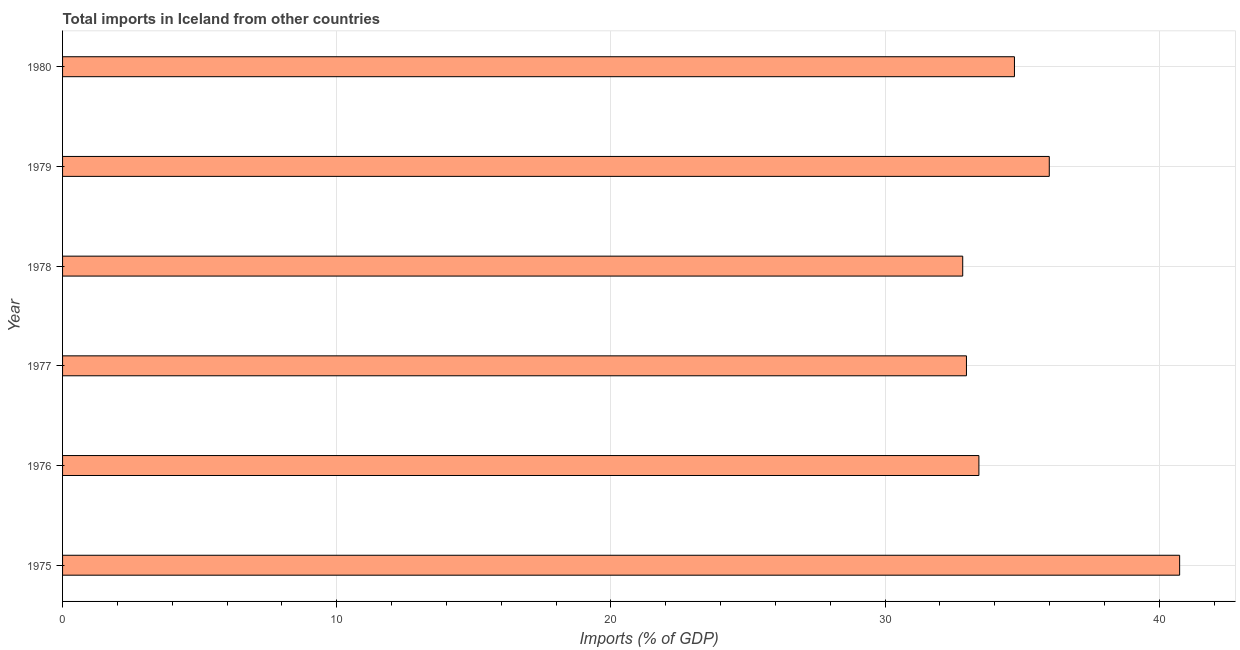
| Year | Imports |
 | --- | --- |
 | 1975 | 40.7 |
 | 1976 | 33.4 |
 | 1977 | 33 |
 | 1978 | 32.8 |
 | 1979 | 36 |
 | 1980 | 34.7 |